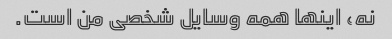
نه، اینها همه وسایل شخصی من است.